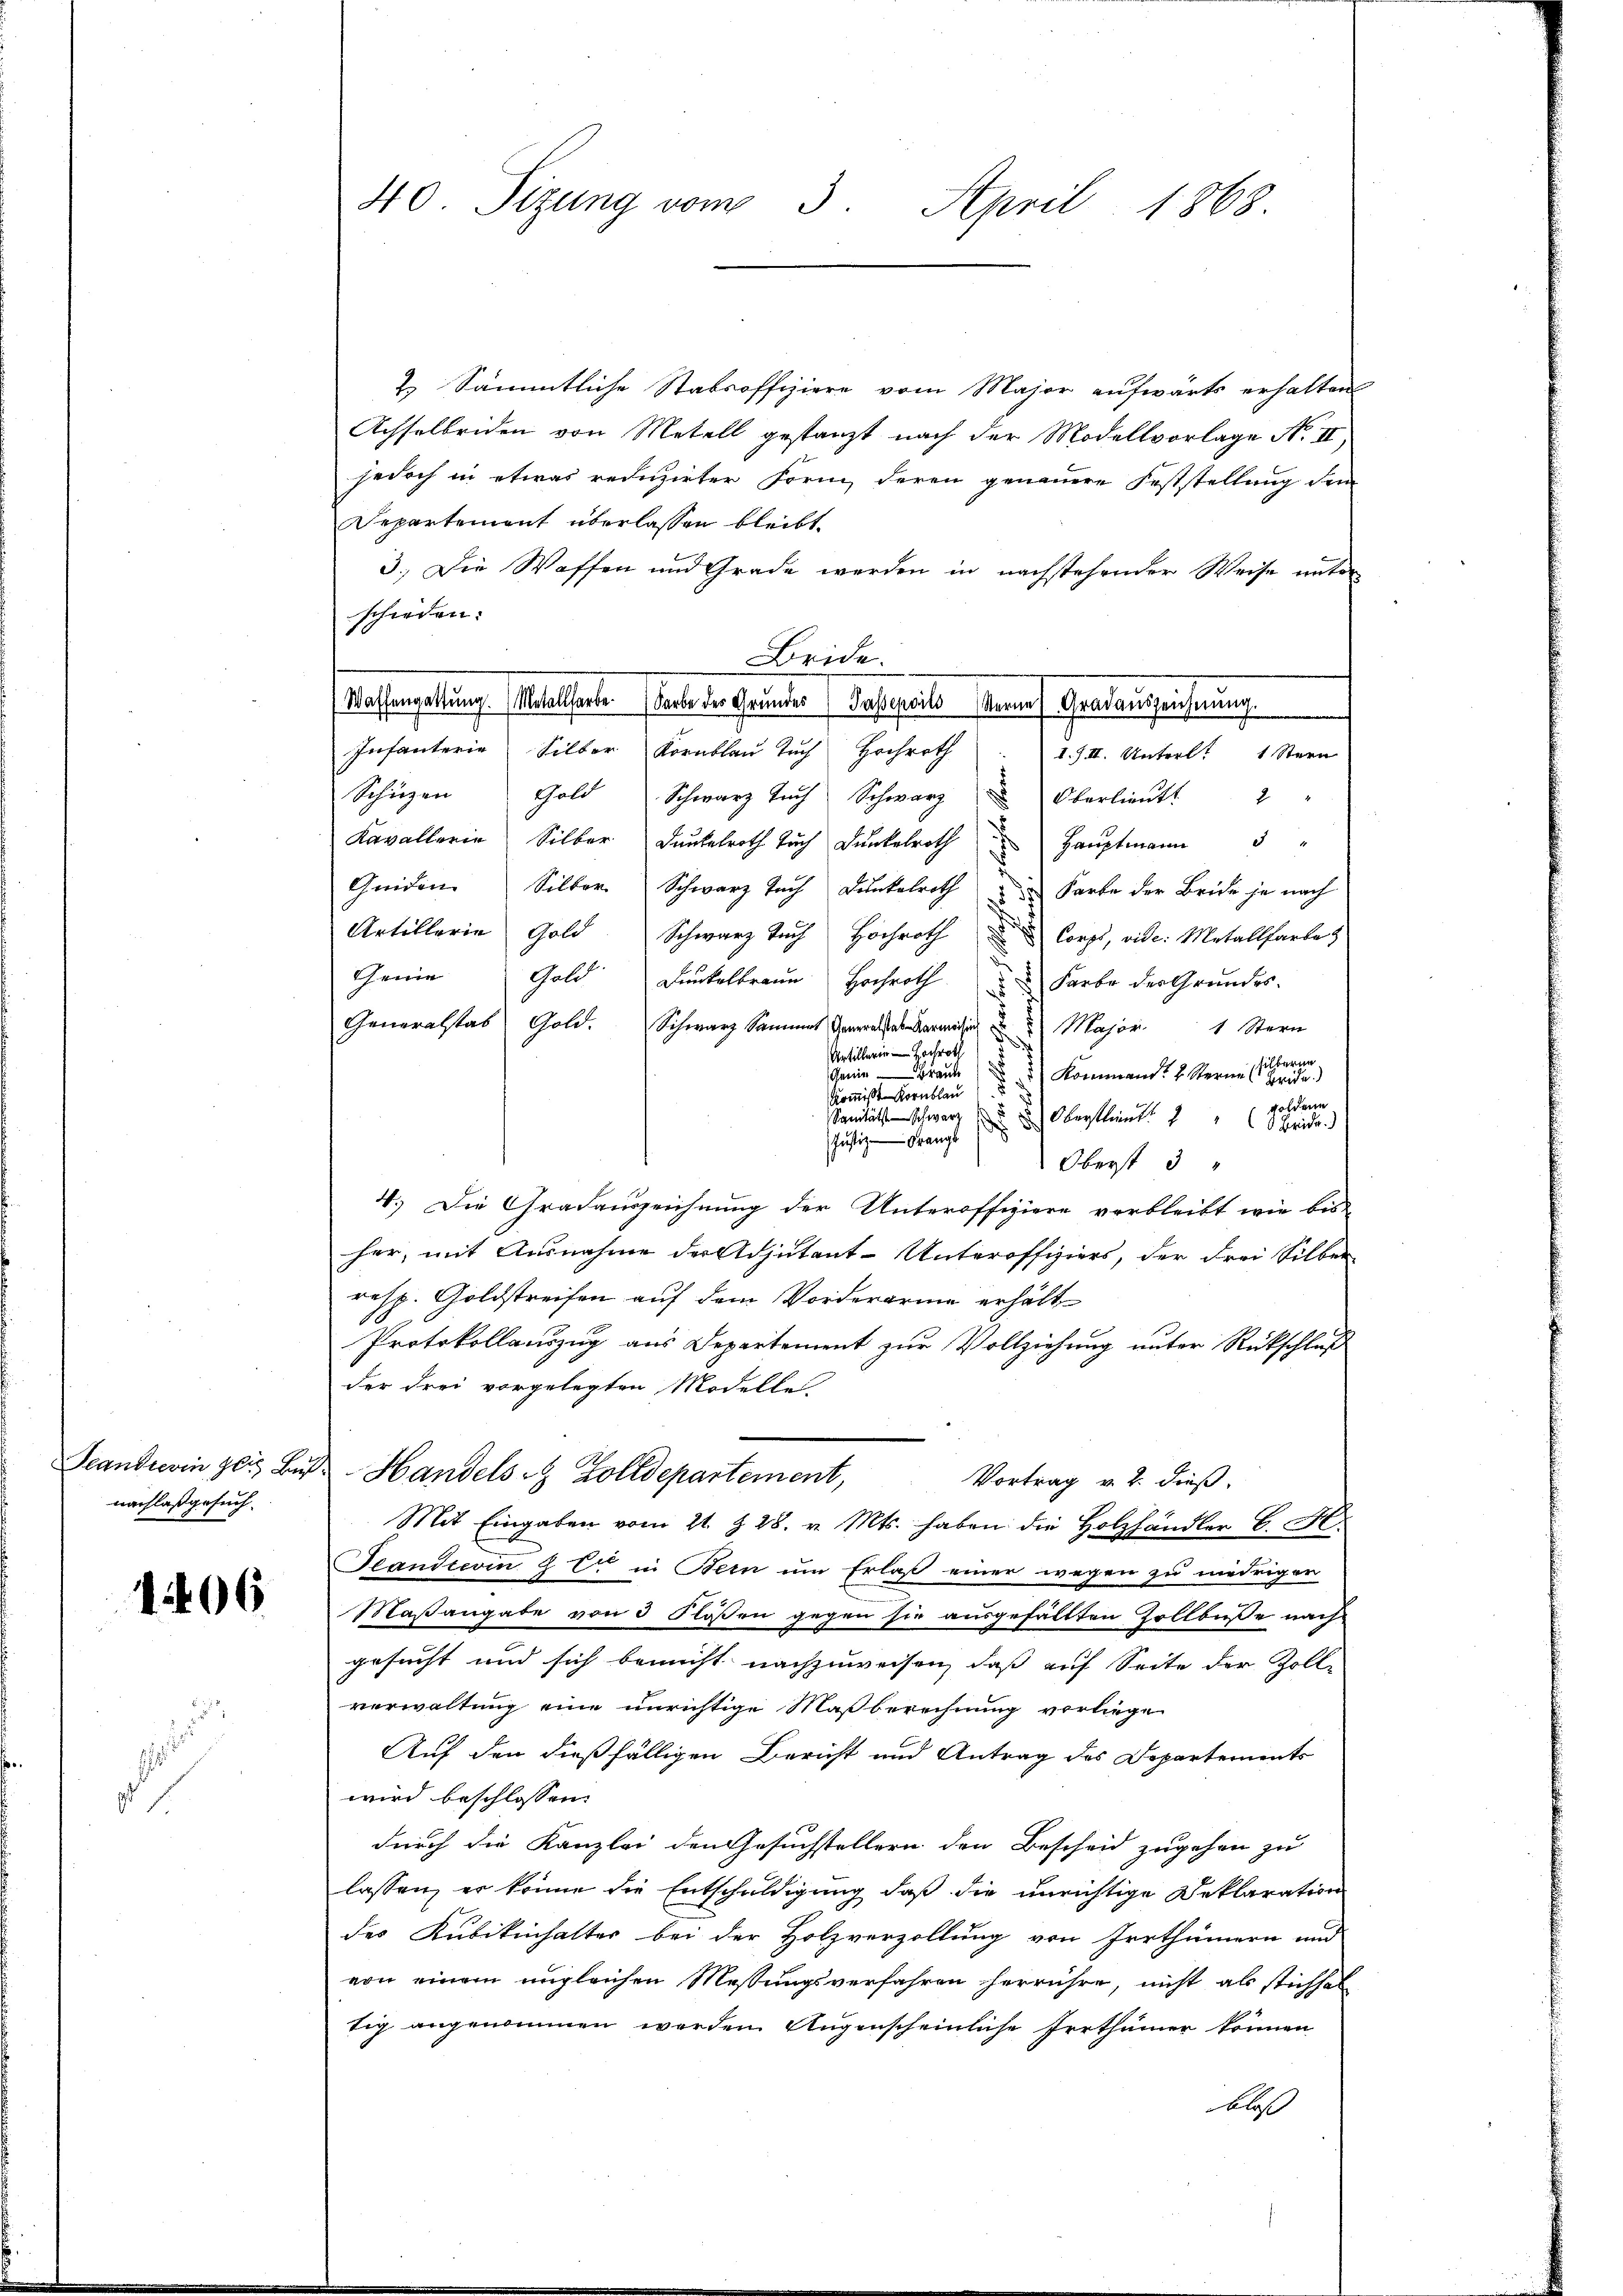
nachlaß gesuch.

1406

.

40. Sizung vom 3. April 1868.

2. Sämmtliche Stabsoffiziere vom Major aufwärts erhalten
Achselbeiden von Metall gestanzt nach der Modellvorlage No II,
jedoch in etwas reduzirter Form, deren genauere Feststellung dem
Repartement überlassen bleibt.
3.) Die Waffen und Grade werden in nachstehender Weise unter
schieden:
Bride.
Wassengeltung. Metallsorte. (Tante der Grunder dasserit herauf Gradenszeichnung.
Infanterie Silber Kornblau Tuch Hochroth
Schüzen Gold Schwarz Tuch Schwarz
Oberlieutt 2
Kavallerie Silber Dunkelroth Tuch Dunkelroth
Hauptmann 3 "
Quiden Silber. Schwarz tach Dunkelroth u Farbe der Beide je nach
Artillerie Gold Schwarz Tuch Hochroth
Corps, vide: Metallfarbe
Genie Gold Dunkelbrann Hochroth u Farbe der Grundes
Generalstab Gold.
Schwarz Sammer Gener Major 1 Stern
Artillerin - Hochroth
d
scheine Brande
Kommand u. Sterne er eine
.
Kommisse Kornblau
goldene
Sanität schwarz " Oberstlieut. " " Brida.)
Justiz - Franzb
Oberst 3
4.) Die Gradauszeichnung der Unteroffiziere verbleibt wie bis
her, mit Ausnahme der Adjutant-Unteroffiziers, der drei Silber
resp. Goldstreifen auf dem Vorderarme erhält
Protokollauszug aus Departement zur Vollziehung unter Rückschluß
der drei vorgelegten Modelle
Scandierin zeit Bus Handels & Zolldepartement,
Vortrag v. 2. dieß,
Mit Eingaben vom 21. Z. 28. v. Mts. haben die Holzhändler C.
Seandrevin  Er in Bern um Erlaß einer wegen zu niedriger
Maßangabe von 3 Rosen gegen sie ausgefälltten Zollbuße nach
gesucht und sich bemüht nachzuweisen, daß auf Seite der Zoll-
verwaltung eine unrichtige Maßberechnung vorliege
Auf den dießfälligen Bericht und Antrag des Departements
wird beschlossen:
durch die Kanzlei den Gesuchstellern den Bescheid zugehen zu
lassen, er könne die Entschuldigung daß die unrichtige Deklaration
des Kubikinhalter bei der Holzverzollung von Irrthümern und
von einem ungleichen Messungsverfahren herrühre, nicht als stichsel
tig angenommen worden Augenscheinliche Irrthümer können
bloß

d. J. II. Unterl. 1 Stern